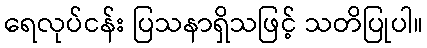
ရေလုပ်ငန်း ပြသနာရှိသဖြင့် သတိပြုပါ။